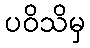
ပဝိသိမှ